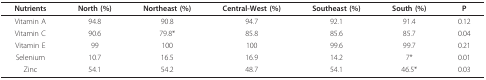
| Nutrients | North (%) | Northeast (%) | Central-West (%) | Southeast (%) | South (%) | P |
 | --- | --- | --- | --- | --- | --- | --- |
 | Vitamin A | 94.8 | 90.8 | 94.7 | 92.1 | 91.4 | 0.12 |
 | Vitamin C | 90.6 | 79.8* | 85.8 | 85.6 | 85.7 | 0.04 |
 | Vitamin E | 99 | 100 | 100 | 99.6 | 99.7 | 0.21 |
 | Selenium | 10.7 | 16.5 | 16.9 | 14.2 | 7* | 0.01 |
 | Zinc | 54.1 | 54.2 | 48.7 | 54.1 | 46.5* | 0.03 |